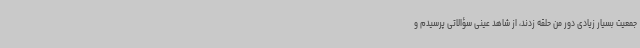
جمعیت بسیار زیادی دور من حلقه زدند، از شاهد عینی سؤالاتی پرسیدم و